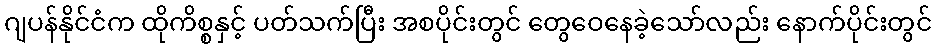
ဂျပန်နိုင်ငံက ထိုကိစ္စနှင့် ပတ်သက်ပြီး အစပိုင်းတွင် တွေဝေနေခဲ့သော်လည်း နောက်ပိုင်းတွင်